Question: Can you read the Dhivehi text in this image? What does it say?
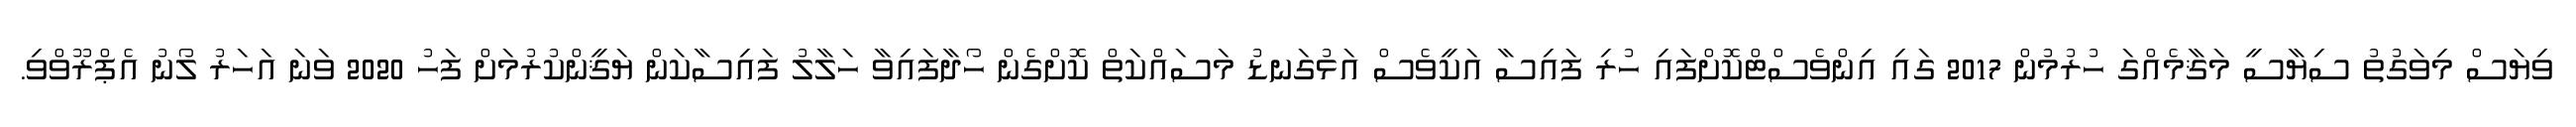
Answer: ވިޔަސް މިވަގުތު ސިޔާސީ މަޤާމެއްގަ ހުރުމުން 2017 ގައި އިންވެސްޓްކޮށްފައި ހުރި ފައިސާ އަކީވެސް އަޅުގަނޑު މަސައްކަތް ކޮށްގެން ހޯދާފައިވާ ހަލާލު ފައިސާކަން ޔަޤީންކުރުމަށް ފަހު 2020 ވަނަ އަހަރު ލޯނު އެޕްރޫވްވި.